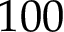
1 0 0